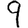
Digit: 9